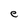
Character: e